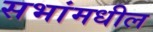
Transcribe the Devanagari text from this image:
सभांमधील